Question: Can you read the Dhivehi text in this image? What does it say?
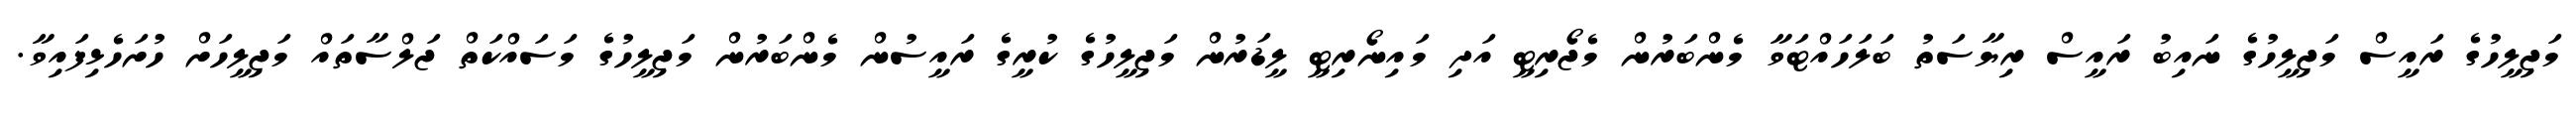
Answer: މަޖިލީހުގެ ރައީސް މަޖިލީހުގެ ނައިބު ރައީސް ރިޔާސަތު ބަލަހައްޓަވާ މެންބަރުން މެޖޯރިޓީ އަދި މައިނޯރިޓީ ލީޑަރުން މަޖިލީހުގެ ކުރީގެ ރައީސުން މެންބަރުން މަޖިލީހުގެ މަސައްކަތް ޖަލްސާތައް މަޖިލީހަށް ހުށަހެޅިފައިވާ.